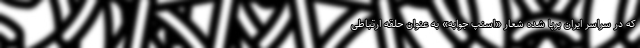
که در سراسر ایران برپا شده شعار «اسنپ جوابه» به عنوان حلقه ارتباطی